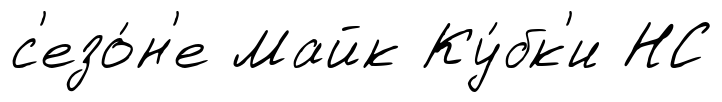
с'езо́н'е Майк Ку́бк'и НС